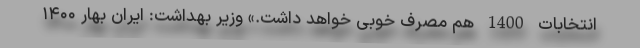
انتخابات 1400 هم مصرف خوبی خواهد داشت.» وزیر بهداشت: ایران بهار ۱۴۰۰